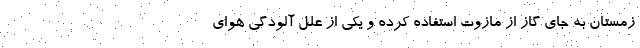
زمستان به جای گاز از مازوت استفاده کرده ‌و یکی از علل آلودگی هوای